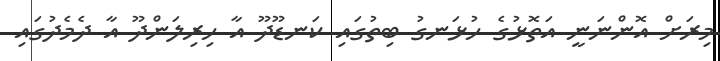
މިރަށް އޮންނަނީ އަތޮޅުގެ ހުޅަނގު ބިތުގައި ކަނޑޫދޫ އާ ހިރިލަންދޫ އާ ދެމެދުގައި